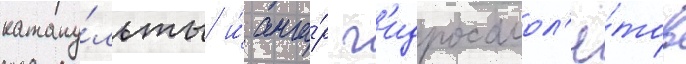
катапу́льты и́ анга́р г'идросамол'ё́тов